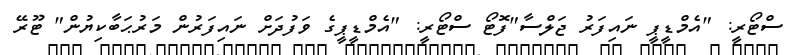
ސްޓޯރީ: "އެމްޑީޕީ ނައިފަރު ޖަލްސާ"ފޮޓޯ ސްޓޯރީ: "އެމްޑީޕީގެ ވަފުދަށް ނައިފަރުން މަރުޙަބާކިޔުން" ޓޫރޭ